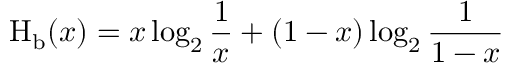
\operatorname { H } _ { \mathrm { b } } ( x ) = x \log _ { 2 } { \frac { 1 } { x } } + ( 1 - x ) \log _ { 2 } { \frac { 1 } { 1 - x } }